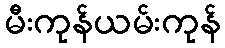
မီးကုန်ယမ်းကုန်